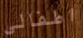
اطفالي